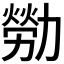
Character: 𫦸